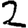
Digit: 2